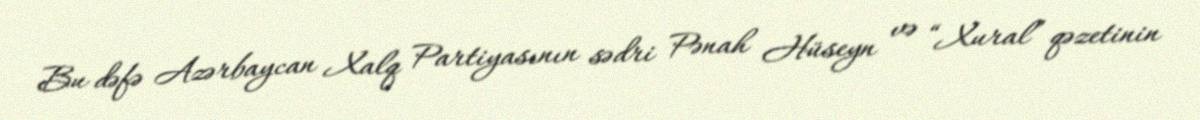
Bu dəfə Azərbaycan Xalq Partiyasının sədri Pənah Hüseyn və “Xural” qəzetinin